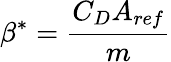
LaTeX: \beta^{*}=\frac{C_{D}A_{ref}}{m}